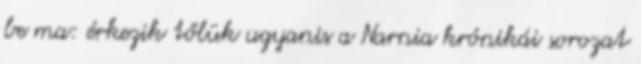
be ma: érkezik tőlük ugyanis a Narnia krónikái sorozat